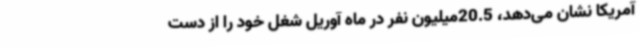
آمریکا نشان می‌دهد، 20.5میلیون نفر در ماه آوریل شغل خود را از دست